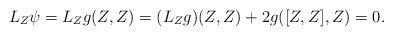
LaTeX: \begin{align*}L_{Z} \psi = L_{Z} g(Z,Z) = (L_Z g)(Z,Z) + 2 g([Z,Z],Z) = 0.\end{align*}